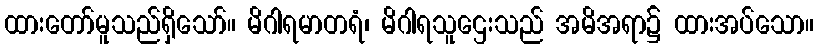
ထားတော်မူသည်ရှိသော်။ မိဂါရမာတရံ၊ မိဂါရသူဌေးသည် အမိအရာ၌ ထားအပ်သော။